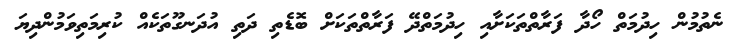
ނެތުމުން ހިދުމަތް ހޯދާ ފަރާތްތަކަށާއި ހިދުމަތްދޭ ފަރާތްތަކަށް ބޮޑެތި ދަތި އުދަނގޫތަކެއް ކުރިމަތިވަމުންދިޔަ